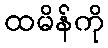
ထမိန်ကို